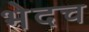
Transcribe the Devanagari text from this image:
भेदच